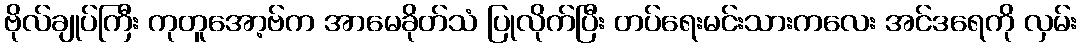
ဗိုလ်ချုပ်ကြီး ကုတူအော့ဗ်က အာမေခိုတ်သံ ပြုလိုက်ပြီး တပ်ရေးမင်းသားကလေး အင်ဒရေကို လှမ်း